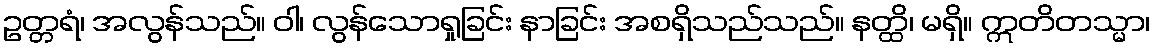
ဥတ္တရံ၊ အလွန်သည်။ ဝါ၊ လွန်သောရှုခြင်း နာခြင်း အစရှိသည်သည်။ နတ္ထိ၊ မရှိ။ ဣတိတသ္မာ၊